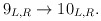
\begin{align*}9_{L,R}\rightarrow 10_{L,R}. \end{align*}